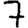
Digit: 7